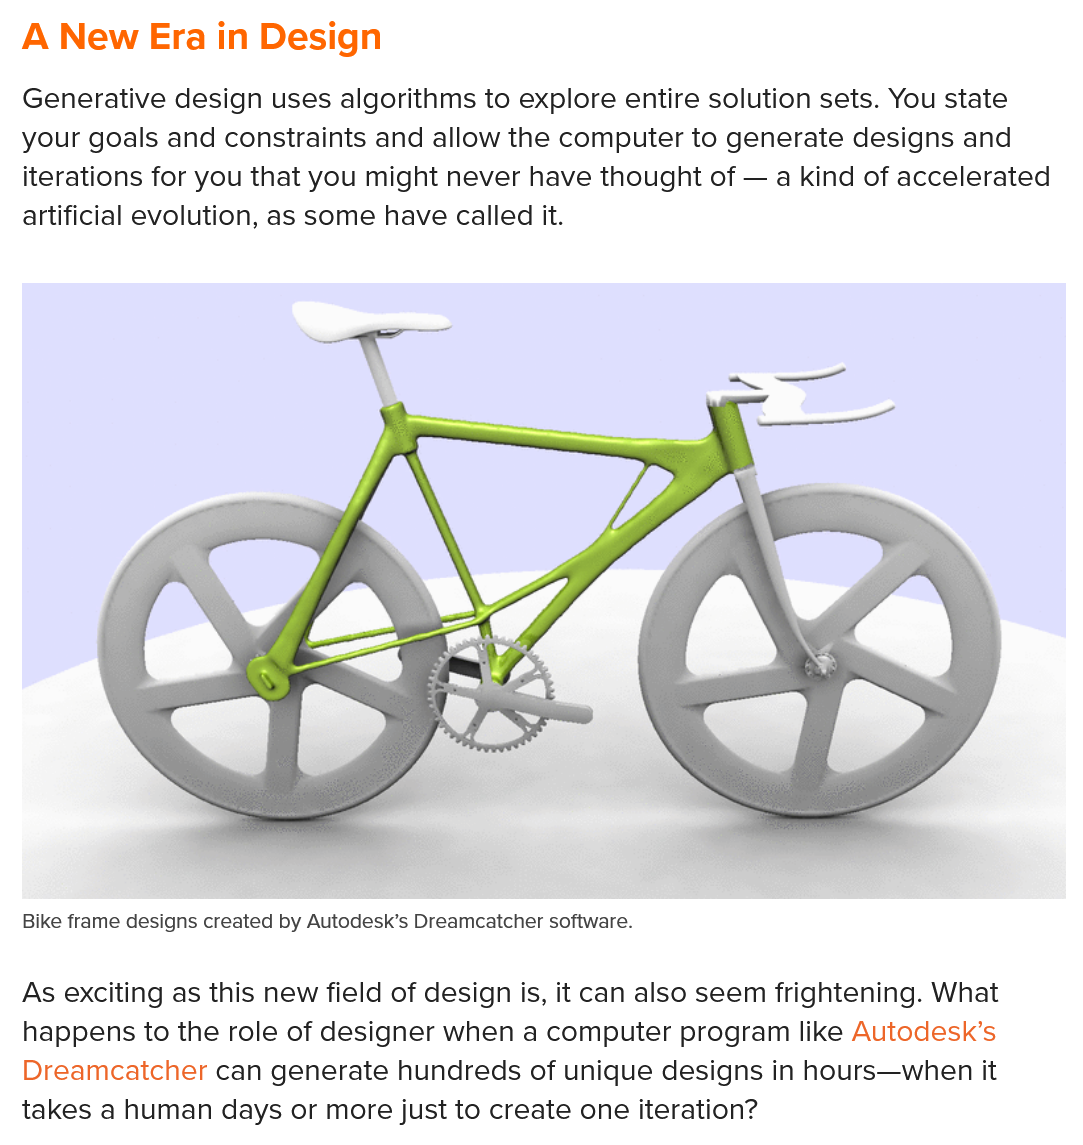
As exciting as this new field of design is, it can also seem frightening. What
  happens to the role of designer when a computer program like Autodesk’s
  Dreamcatcher can generate hundreds of unique designs in hours—when it
  takes a human days or more just to create one iteration?
  A  New Era in   Design
  Generative design uses algorithms to explore entire solution sets. You state
  your goals and constraints and allow the computer to generate designs and
  iterations for you that you might never have thought of
     —  a kind of accelerated
  artificial evolution, as some have called it.
  Bike frame designs created by Autodesk’s Dreamcatcher software.